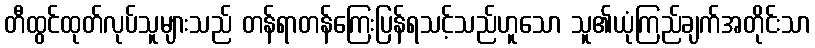
တီထွင်ထုတ်လုပ်သူများသည် တန်ရာတန်ကြေးပြန်ရသင့်သည်ဟူသော သူ၏ယုံကြည်ချက်အတိုင်းသာ